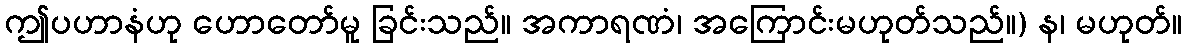
ဤပဟာနံဟု ဟောတော်မူ ခြင်းသည်။ အကာရဏံ၊ အကြောင်းမဟုတ်သည်။) န၊ မဟုတ်။